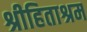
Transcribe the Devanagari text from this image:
श्रीहिताश्रम